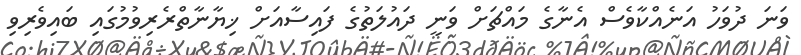
ވަނަ ދުވަހު އަނެއްކާވެސް އެނާގެ މައްޗަށް ވަނީ ދައުލަތުގެ ފައިސާއަށް ޚިޔާނާތްރެރިވުމުގައި ބައިވެރިވި